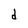
Character: d